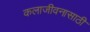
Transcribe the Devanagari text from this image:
कलाजीवनासाठी